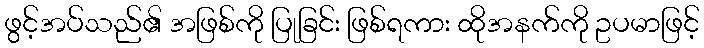
ဖွင့်အပ်သည်၏ အဖြစ်ကို ပြုခြင်း ဖြစ်ရကား ထိုအနက်ကို ဥပမာဖြင့်